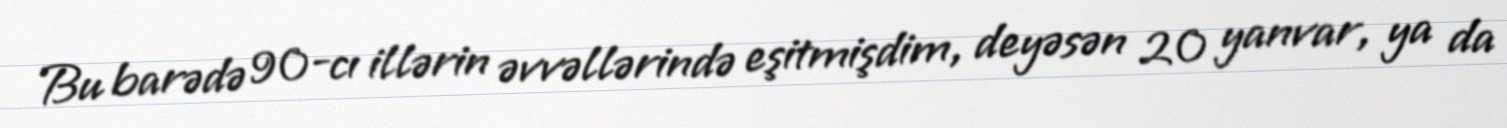
Bu barədə 90-cı illərin əvvəllərində eşitmişdim, deyəsən 20 yanvar, ya da